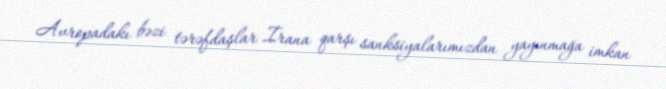
Avropadakı bəzi tərəfdaşlar İrana qarşı sanksiyalarımızdan yayınmağa imkan